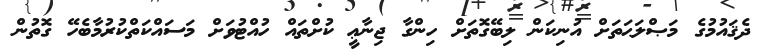
ދެޤައުމުގެ މަޞްލަޙަތަށް އުނިކަން ލިބޭގޮތަށް ހިންގާ ޖިނާޢީ ކުށްތައް ހުއްޓުވަށް މަސައްކަތްކުރުމާބެހޭ ގޮތުން